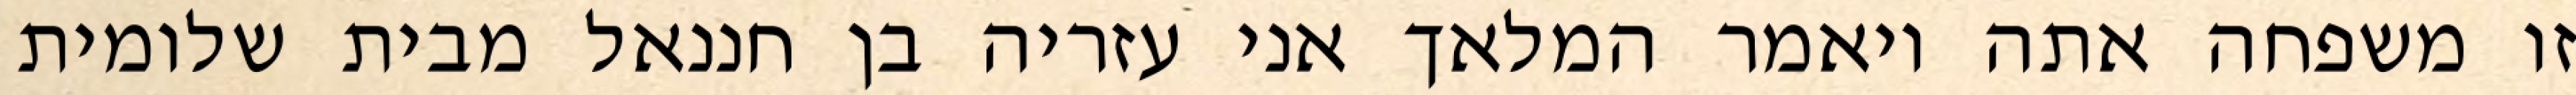
זו משפחה אתה ויאמר המלאך אני עזריה בן חננאל מבית שלומית